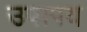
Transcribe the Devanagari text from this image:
उपापय